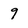
Character: 9